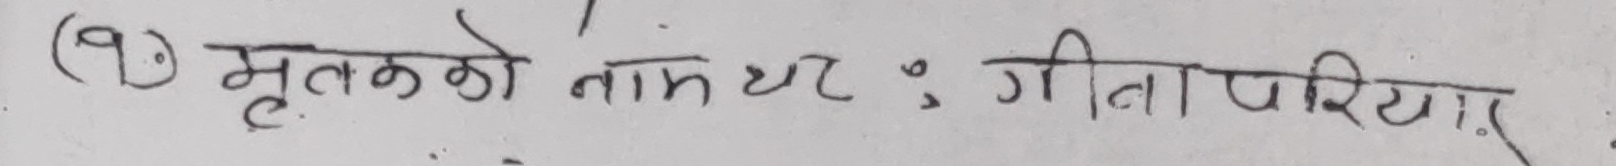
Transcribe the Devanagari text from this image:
(१९) मृतकको नाम थर : गीता परियार